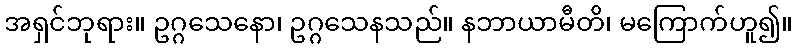
အရှင်ဘုရား။ ဥဂ္ဂသေနော၊ ဥဂ္ဂသေနသည်။ နဘာယာမီတိ၊ မကြောက်ဟူ၍။